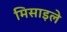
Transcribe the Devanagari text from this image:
मिसाइले